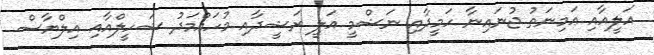
އަލީއާއި ޢަމިނަތު ޖުނައިނާ ހަމީދާއި ނަޝްމީ އަލީ ރަޝީދާއި މުހައްމަދު ޝަހީލްއާއި އިލްޔާސް